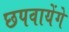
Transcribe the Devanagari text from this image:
छपवायेंगे